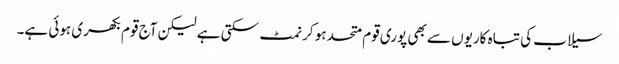
سیلاب کی تباہ کاریوں سے بھی پوری قوم متحد ہو کر نمٹ سکتی ہے لیکن آج قوم بکھری ہوئی ہے۔